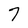
Character: 7